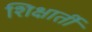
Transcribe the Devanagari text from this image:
शिक्षार्ती